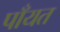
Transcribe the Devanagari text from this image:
पाँयत